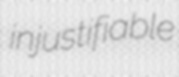
injustifiable